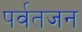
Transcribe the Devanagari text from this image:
पर्वतजन